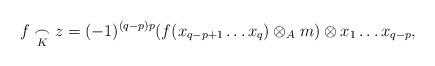
LaTeX: \begin{align*} f\underset{K}{\frown} z = (-1)^{(q-p)p} (f(x_{q-p+1} \ldots x_q)\otimes_A m) \otimes x_1 \ldots x_{q-p},\end{align*}